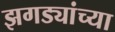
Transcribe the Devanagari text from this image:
झगड्यांच्या